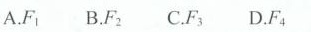
A. F_{1} B.F_{2} C. F_{3} D.F_{4}